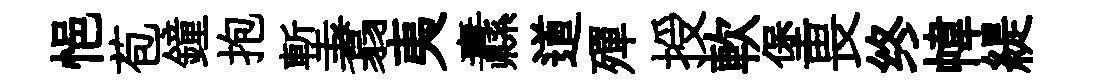
悒苞鐘抱塹翥夷纛道殫授軟堡畏终幃緹